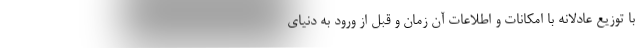
با توزیع عادلانه با امکانات و اطلاعات آن زمان و قبل از ورود به دنیای